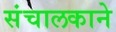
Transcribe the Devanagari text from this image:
संचालकाने